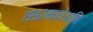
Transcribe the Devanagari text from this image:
१९९२मध्येआणि